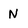
Character: N